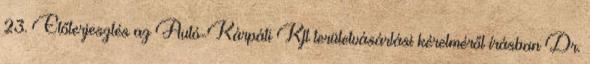
23. Előterjesztés az Autó-Kárpáti Kft területvásárlási kérelméről írásban Dr.